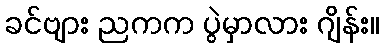
ခင်ဗျား ညကက ပွဲမှာလား ဂျိန်း။